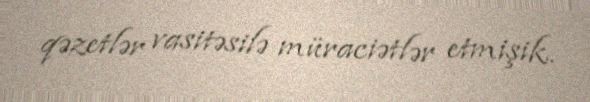
qəzetlər vasitəsilə müraciətlər etmişik.